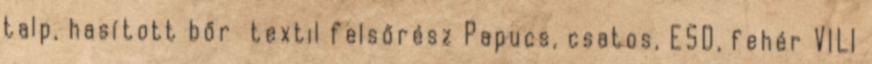
talp, hasított bőr textil felsőrész Papucs, csatos, ESD, fehér VILI